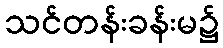
သင်တန်းခန်းမ၌